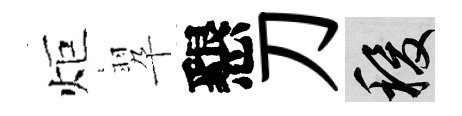
炬翆懇刀稷